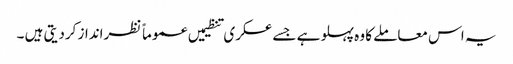
یہ اس معاملے کا وہ پہلو ہے جسے عسکری تنظیمیں عموماً نظرانداز کردیتی ہیں ۔